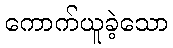
ကောက်ယူခဲ့သော